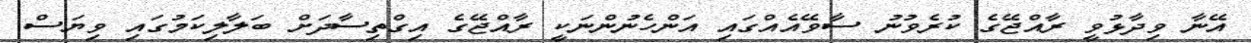
އޭނާ ވިދާޅުވީ ރާއްޖޭގެ ކުރެވުނު ސާވޭއެއްގައި އަންހެނުންނަކީ ރާއްޖޭގެ އިގްތިސާދަށް ބަލާލިކަމުގައި ވިޔަސް